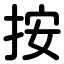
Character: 按